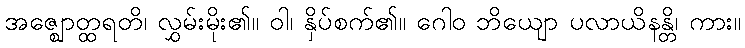
အဇ္ဈောတ္ထရတိ၊ လွှမ်းမိုး၏။ ဝါ၊ နှိပ်စက်၏။ ဂေါဝ ဘိယျော ပလာယိနန္တိ၊ ကား။